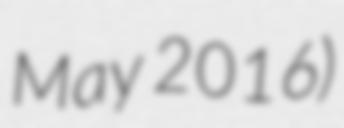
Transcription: May 2016)